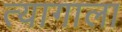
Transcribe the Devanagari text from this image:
त्यागाला